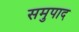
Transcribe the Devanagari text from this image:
समुपाद